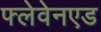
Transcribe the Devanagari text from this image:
फ्लेवेनएड